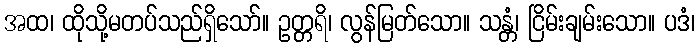
အထ၊ ထိုသို့မတပ်သည်ရှိသော်။ ဥတ္တရိ၊ လွန်မြတ်သော။ သန္တံ၊ ငြိမ်းချမ်းသော။ ပဒံ၊